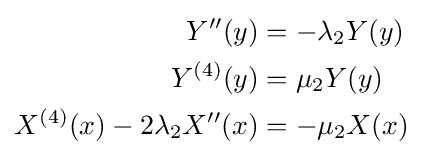
{\begin{aligned}Y''(y)&=-\lambda _{2}Y(y)\\Y^{(4)}(y)&=\mu _{2}Y(y)\\X^{(4)}(x)-2\lambda _{2}X''(x)&=-\mu _{2}X(x)\end{aligned}}